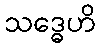
သဒ္ဓေဟိ